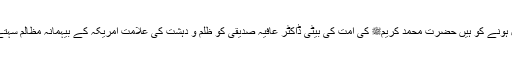
15 سال ہونے کو ہیں حضرت محمد کریمﷺ کی امت کی بیٹی ڈاکٹر عافیہ صدیقی کو ظلم و دہشت کی علامت امریکہ کے بیہمانہ مظالم سہتے ہوئے۔